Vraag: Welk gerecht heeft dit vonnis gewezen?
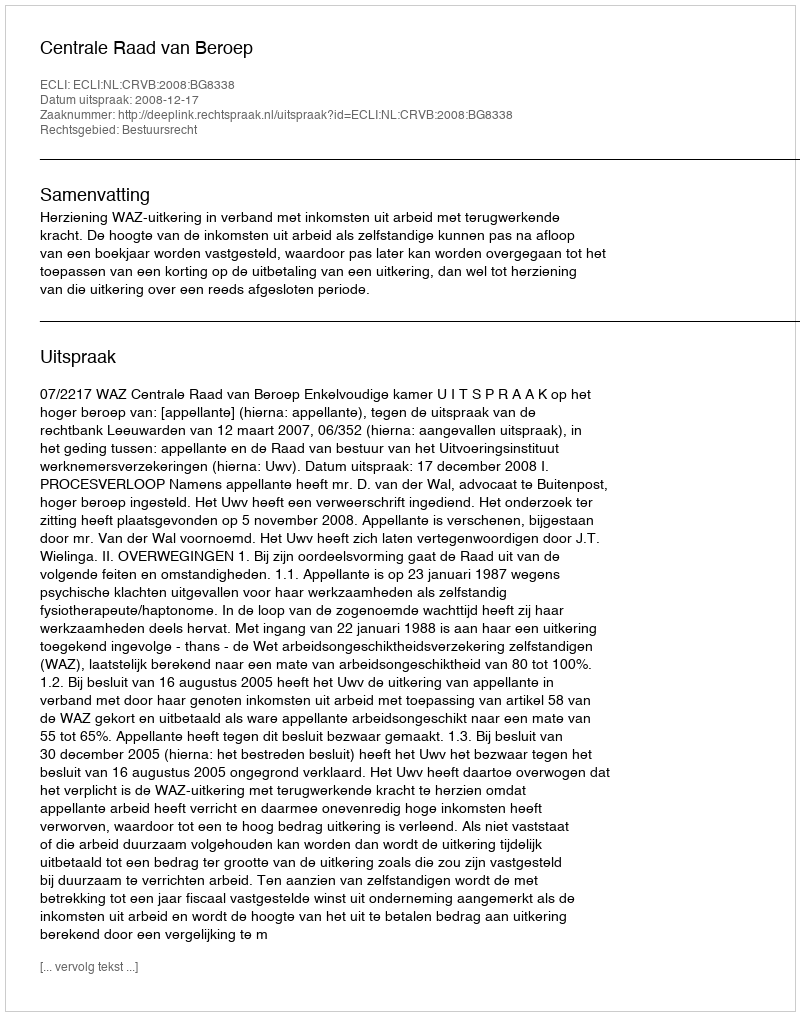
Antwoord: Centrale Raad van Beroep